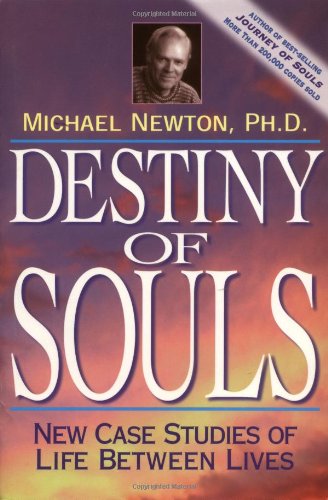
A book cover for Destiny of Souls: New Case Studies of Life Between Lives; Michael Newton; Self-Help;